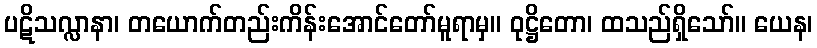
ပဋိသလ္လာနာ၊ တယောက်တည်းကိန်းအောင်တော်မူရာမှ။ ဝုဋ္ဌိတော၊ ထသည်ရှိသော်။ ယေန၊